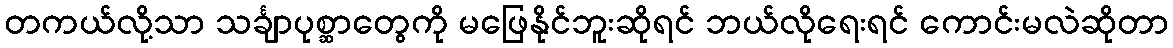
တကယ်လို့သာ သင်္ချာပုစ္ဆာတွေကို မဖြေနိုင်ဘူးဆိုရင် ဘယ်လိုရေးရင် ကောင်းမလဲဆိုတာ